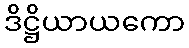
ဒိဋ္ဌိယာယကော